Annual report on the working of the lock hospitals in the North-Western Provinces and Oudh
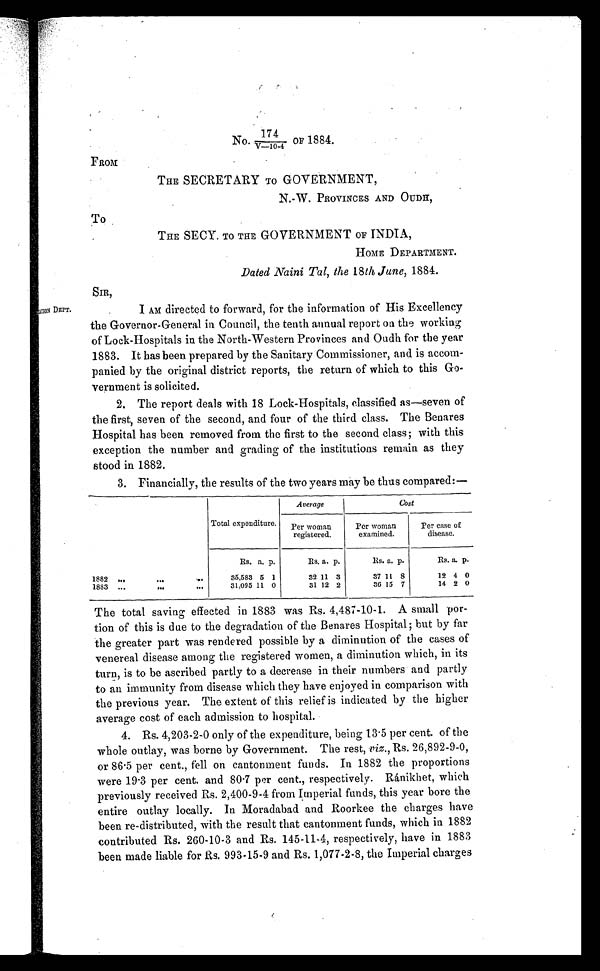
No. 174/V—10-4O f 1 8 8 4 .
F FROM
THE SECRETARY TO GOVERNMENT,
N. W. PROVINCES AND OUDH,
To
THE SECY. TO THE GOVERNMENT OF INDIA,
HOME DEPARTMENT.
Dated Naini Tal, the 18th June, 1884.
[MATION DEPT.
I AM directed to forward, for the information of His Excellency
the Governor-General in Council, the tenth annual report on the working
of Lock-Hospitals in the North-Western Provinces and Oudh for the year
1883. It has been prepared by the Sanitary Commissioner, and is accom-
panied by the original district reports, the return of which to this Go-
vernment is solicited.
2. The report deals with 18 Lock-Hospitals, classified as—seven of
the first, seven of the second, and four of the third class. The Benares
Hospital has been removed from the first to the second class; with this
exception the number and grading of the institutions remain as they
stood in 1882.
3. Financially, the results of the two years may be thus compared:—
Total expenditure.
Average
cost
Per woman
registered.
Per woman
examined,
Pe r c a s e of
Per
disease
Rs. a. p.
Rs. a. p.
Rs. a. p.
Rs. a. P.
1882 ...
...
...
35,583 5 1
32 11 3
37 11 8
12 4 0
1883 ...
. . . ...
31,095 11. 0
31 12 2
36 15 7
14 2 0
The total saving effected in 1883 was Rs. 4,487-10-I. A small por-
tion of this is due to the degradation of the Benares Hospital but by far
the greater part was rendered possible by a diminution of the cases of
venereal disease among the registered women, a diminution which, in its
turn, is to be ascribed partly to a decrease in their numbers and partly
to an immunity from disease which they have enjoyed in comparison with
the previous year. The extent of this relief is indicated by the higher
average cost of each admission to hospital.
4. Rs. 4,203-2-0 only of the expenditure, being 13 . 5 per cent. of the
whole outlay, was borne by Government. The rest, viz., Rs. 26,892-9-0,
or 86 . 5 per cent., fell on cantonment funds. In 1882 the proportions
were 19 .3 per cent. and 80 .7 per cent., respectively. Ránikhet, which
previously received Rs. 2,400-9-4 from Imperial funds, this year bore the
entire outlay locally. In Moradabad and Roorkee the charges have
been re-distributed, with the result that cantonment funds, which in 1882
contributed Rs. 260-10-3 and Rs. 145-11-4, respectively, have in 1883
been made l i abl e for Rs. 993-15-9 and Rs. 1, 077-2-8, t he Imperi al charges